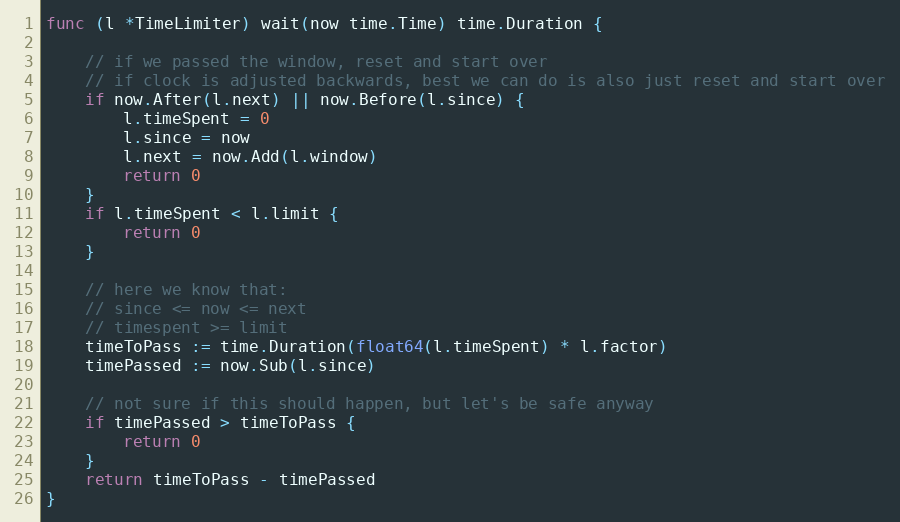
Language: Go
func (l *TimeLimiter) wait(now time.Time) time.Duration {

	// if we passed the window, reset and start over
	// if clock is adjusted backwards, best we can do is also just reset and start over
	if now.After(l.next) || now.Before(l.since) {
		l.timeSpent = 0
		l.since = now
		l.next = now.Add(l.window)
		return 0
	}
	if l.timeSpent < l.limit {
		return 0
	}

	// here we know that:
	// since <= now <= next
	// timespent >= limit
	timeToPass := time.Duration(float64(l.timeSpent) * l.factor)
	timePassed := now.Sub(l.since)

	// not sure if this should happen, but let's be safe anyway
	if timePassed > timeToPass {
		return 0
	}
	return timeToPass - timePassed
}